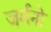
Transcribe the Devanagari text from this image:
जर्मनो